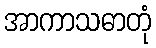
အာကာသဓာတုံ